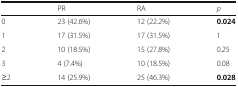
<table><thead><tr><td></td><td><b>PR</b></td><td><b>RA</b></td><td><b><i>p</i></b></td></tr></thead><tbody><tr><td>0</td><td>23 (42.6%)</td><td>12 (22.2%)</td><td><b>0.024</b></td></tr><tr><td>1</td><td>17 (31.5%)</td><td>17 (31.5%)</td><td>1</td></tr><tr><td>2</td><td>10 (18.5%)</td><td>15 (27.8%)</td><td>0.25</td></tr><tr><td>3</td><td>4 (7.4%)</td><td>10 (18.5%)</td><td>0.08</td></tr><tr><td>≥2</td><td>14 (25.9%)</td><td>25 (46.3%)</td><td><b>0.028</b></td></tr></tbody></table>